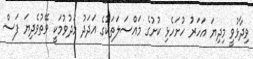
ވިދާޅުވީ މިދިޔަ އަހަރު ހުށަހެޅި ކުށުގެ މައްސަލަތަކުގެ އަދަދު މަދުވުމަކީ ވޭތުވެދިޔަ ފަސް